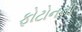
ફોટોનની